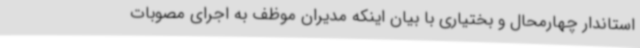
استاندار چهارمحال و بختیاری با بیان اینکه مدیران موظف به اجرای مصوبات